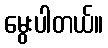
မွေးပါတယ်။